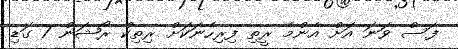
ފަސް ވަނަ އަށް އެންމެ ރީތި ފިރިހެނަކަށް ރިތިކް ރޯޝަން 7 ގަޑި